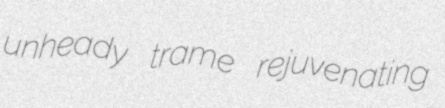
unheady trame rejuvenating